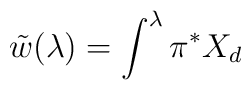
\tilde w(\lambda)=\int^{\lambda} \pi^* X_d